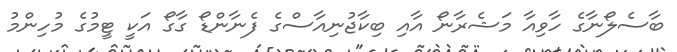
ބާސެލޯނާގެ ހާވިއާ މަޝެރާނޯ އާއި ބިކާޖުނިއާސްގެ ފެނާންޑޯ ގާގޯ އަކީ ޓީމުގެ މުހިންމު